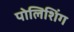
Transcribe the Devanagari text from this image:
पोलिशिंग